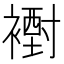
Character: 𧝪